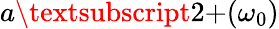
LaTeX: a\textsubscript{2+}(\omega_{0})